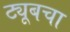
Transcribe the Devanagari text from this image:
ट्यूबचा